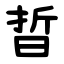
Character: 晢